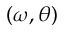
( \omega , \theta )